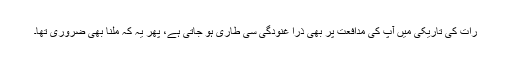
رات کی تاریکی میں آپ کی مدافعت پر بھی ذرا غنودگی سی طاری ہو جاتی ہے، پھر یہ کہ ملنا بھی ضروری تھا۔